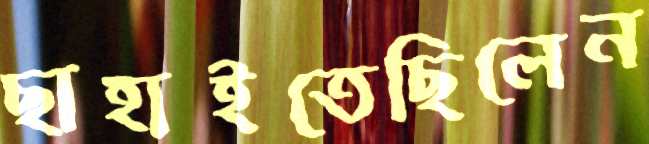
ছাহাইতেছিলেন